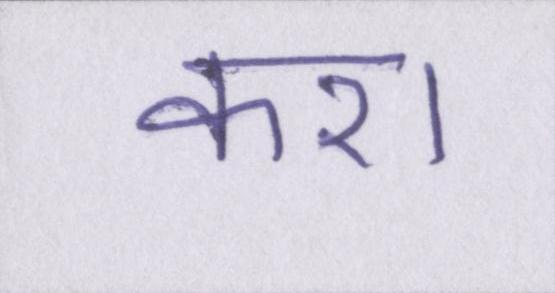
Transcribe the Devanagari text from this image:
करा